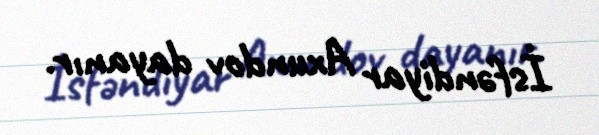
İsfəndiyar Axundov dayanır.